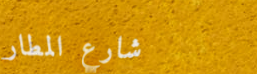
شارع المطار